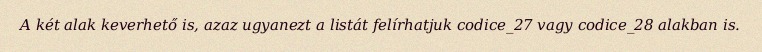
A két alak keverhető is, azaz ugyanezt a listát felírhatjuk codice_27 vagy codice_28 alakban is.